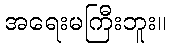
အရေးမကြီးဘူး။